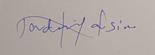
Signature authenticity: genuine